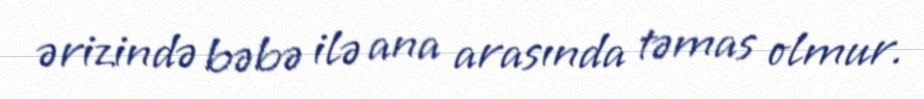
ərizində bəbə ilə ana arasında təmas olmur.